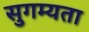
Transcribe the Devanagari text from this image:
सुगम्यता